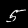
Digit: 5